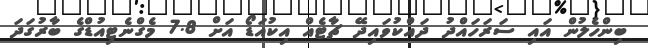
ބިންހެލުން އައި ސަރަހައްދު ދައްކުވައިދޭ ޗާޓެއް އިކުއަޑޯ އަށް 7.8 މެގްނެޓިއުޑްގެ ބާރުގަދަ